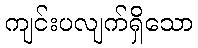
ကျင်းပလျက်ရှိသော